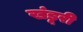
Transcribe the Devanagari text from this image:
खंडूरी